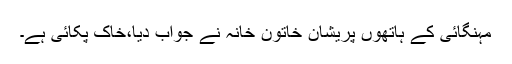
مہنگائی کے ہاتھوں پریشان خاتون خانہ نے جواب دیا،خاک پکائی ہے۔